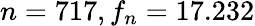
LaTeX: n=717,f_{n}=17.232